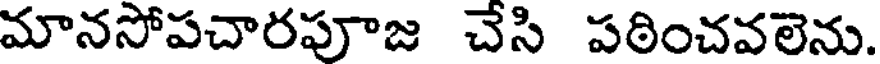
మానసోపచారపూజ చేసి పఠించవలెను.